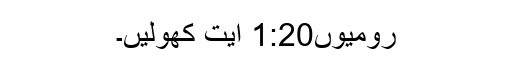
رومیوں1:20 آیت کھولیں۔